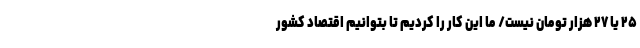
۲۵ یا ۲۷ هزار تومان نیست/ ما این کار را کردیم تا بتوانیم اقتصاد کشور